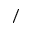
/